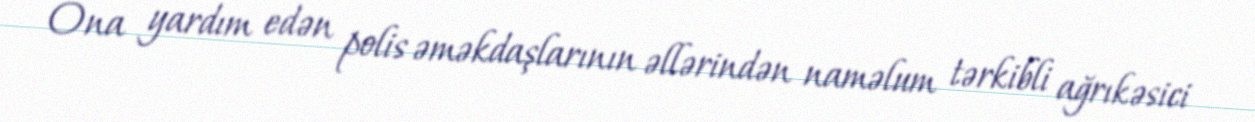
Ona yardım edən polis əməkdaşlarının əllərindən naməlum tərkibli ağrıkəsici